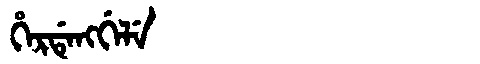
Manchu: ᡥᡝᡵᡩᡝᠩᡤᡝᠯᡝ
Romanization: HERDENGGELE